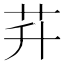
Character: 𦬱